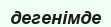
дегенімде